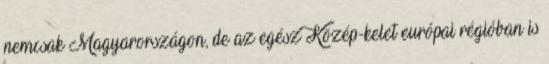
nemcsak Magyarországon, de az egész Közép-kelet európai régióban is